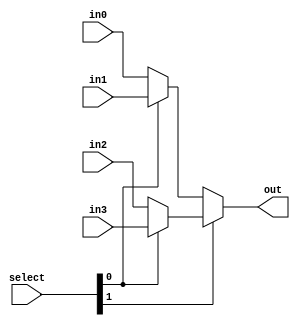
module mux4(in3,in2,in1, in0, select, out);
	input [1:0] select;
	input [31:0] in3, in2, in1, in0;
	output [31:0] out;
	wire [31:0] w0, w1;
	
	assign w0 = select[0] ? in1 : in0;
	assign w1 = select[0] ? in3 : in2;
	assign out = select[1] ? w1 : w0;

endmodule